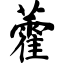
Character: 藿